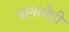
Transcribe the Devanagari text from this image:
पानाचेही